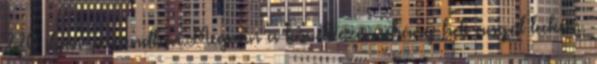
220 ilyen sorrendben.Megvan a következő néhány heti angol leckém.